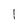
Character: I